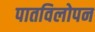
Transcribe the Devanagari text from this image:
पातविलोपन